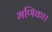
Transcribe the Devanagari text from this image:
भणिका।